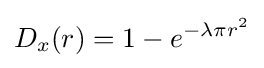
D_{x}(r)=1-e^{-\lambda \pi r^{2}}